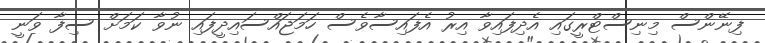
ފިނޭންސް މިނިސްޓްރީގައި އެެދިފައިވާ އިރު އެފައިސާވެސް ހަމަޖައްސައިދީފައި ނުވާ ކަމަށް ސިފާ ވަނީ